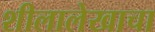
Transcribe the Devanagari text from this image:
शीलालेखाचा